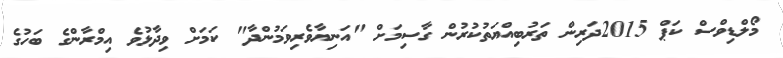
މޯލްޑިވްސް ކަޕް 2015ދަރިން ތަރުބިއްޔަތުކުރުން ގާސިމަށް "އަނިޔާވެރިވަމުންދާ" ކަމަށް ވިދާޅުވެ އިމްރާންގެ ބަހުގެ